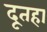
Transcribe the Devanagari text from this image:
दूतहा